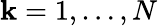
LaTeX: \mathbf{k}=1,\dots,N